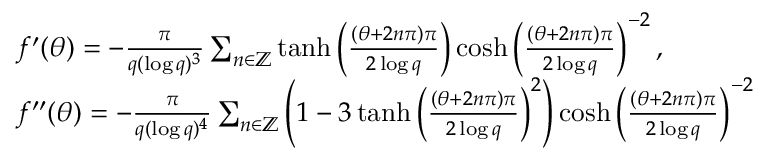
\begin{array} { r l } & { f ^ { \prime } ( \theta ) = - \frac { \pi } { q ( \log q ) ^ { 3 } } \sum _ { n \in { \mathbb { Z } } } \operatorname { t a n h } \left( \frac { ( \theta + 2 n \pi ) \pi } { 2 \log q } \right) \cosh \left( \frac { ( \theta + 2 n \pi ) \pi } { 2 \log q } \right) ^ { - 2 } , } \\ & { f ^ { \prime \prime } ( \theta ) = - \frac { \pi } { q ( \log q ) ^ { 4 } } \sum _ { n \in { \mathbb { Z } } } \left( 1 - 3 \operatorname { t a n h } \left( \frac { ( \theta + 2 n \pi ) \pi } { 2 \log q } \right) ^ { 2 } \right) \cosh \left( \frac { ( \theta + 2 n \pi ) \pi } { 2 \log q } \right) ^ { - 2 } } \end{array}